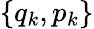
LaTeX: \{ q_{k},p_{k}\}